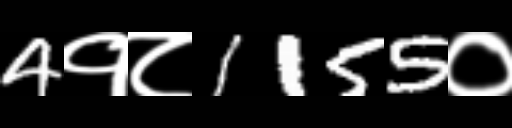
Text: 4१८1155०